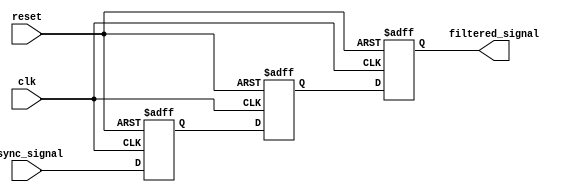
module meta_stability_filter (
    input wire clk,                // Clock signal of the receiving domain
    input wire async_signal,       // Asynchronous input signal
    input wire reset,              // Reset signal (optional)
    output reg filtered_signal      // Synchronized output signal
);

    // Internal signals for the dual flip-flop synchronizer
    reg ff1;                       // First flip-flop output
    reg ff2;                       // Second flip-flop output

    // Dual flip-flop synchronizer
    always @(posedge clk or posedge reset) begin
        if (reset) begin
            ff1 <= 1'b0;           // Initialize ff1 to 0 on reset
            ff2 <= 1'b0;           // Initialize ff2 to 0 on reset
            filtered_signal <= 1'b0; // Initialize output to 0 on reset
        end else begin
            ff1 <= async_signal;   // Sample the asynchronous signal
            ff2 <= ff1;            // Sample the output of the first flip-flop
            filtered_signal <= ff2; // Output the result of the second flip-flop
        end
    end

endmodule